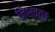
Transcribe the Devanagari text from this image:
निश्चत्त